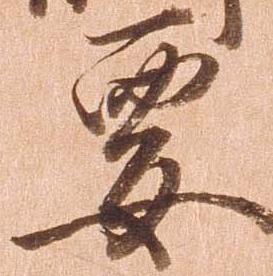
要